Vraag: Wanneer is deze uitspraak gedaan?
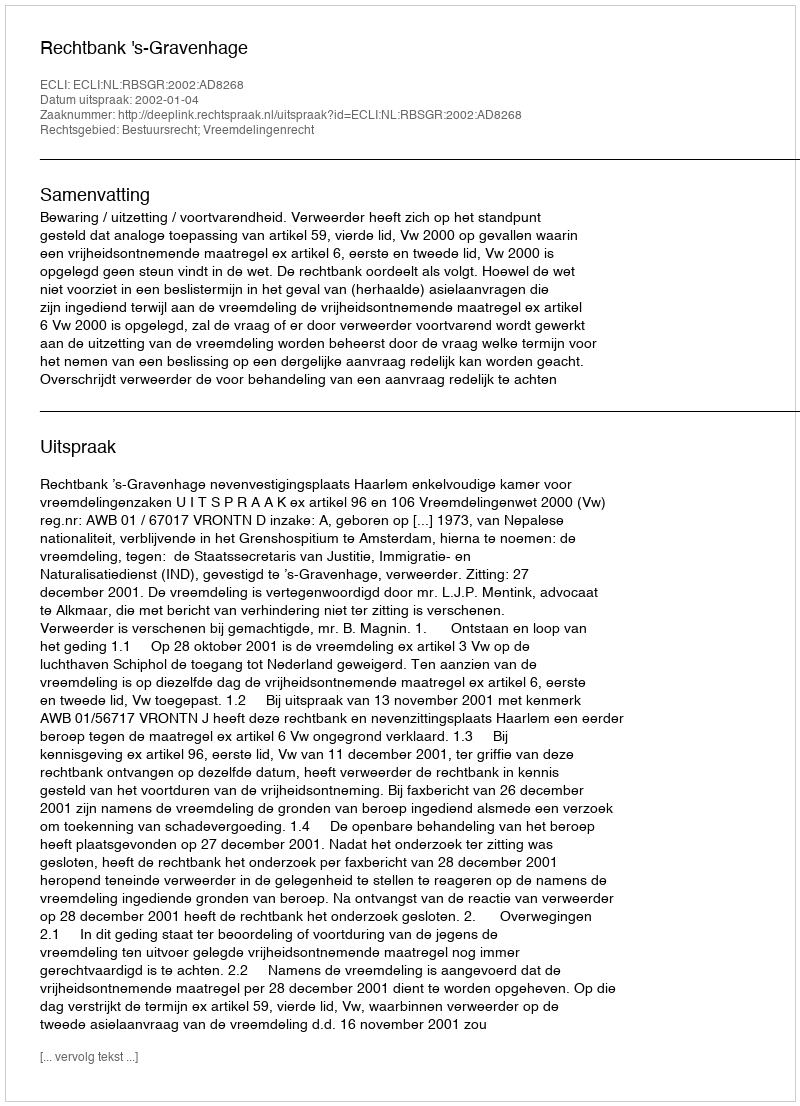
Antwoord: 2002-01-04